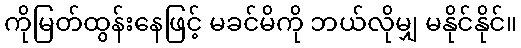
ကိုမြတ်ထွန်းနေဖြင့် မခင်မိကို ဘယ်လိုမျှ မနိုင်နိုင်။